Serum-therapy of plague in India - Number 20
Disease focus: Plague
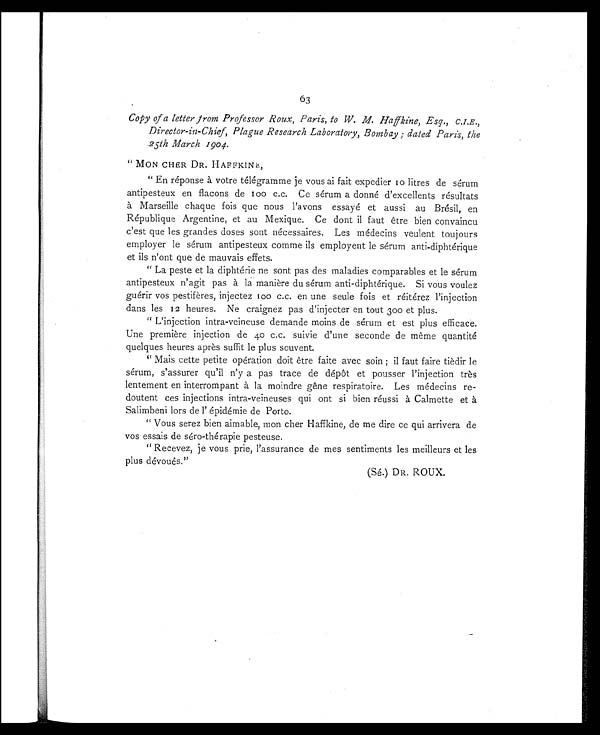
63
Copy of a letter from Professor Roux, Paris, to W. M. Haffkine, Esq., C.I.E.,
Director-in-Chief, Plague Research Laboratory, Bombay ; dated Paris, the
25th March 1904.
" MON CHER DR. HAFFKINE,
" En réponse à votre télégramme je vous ai fait expedier 10 litres de sérum
antipesteux en flacons de 100 c.c. Ce sérum a donné d'excellents résultats
à Marseille chaque fois que nous l'avons essayé et aussi au Brésil, en
République Argentine, et au Mexique. Ce dont il faut être bien convaincu
c'est que les grandes doses sont nécessaires. Les médecins veulent toujours
employer le sérum antipesteux comme ils employent le sérum anti-diphtérique
et ils n'ont que de mauvais effets.
" La peste et la diphtérie ne sont pas des maladies comparables et le sérum
antipesteux n'agit pas à la manière du sérum anti-diphtérique. Si vous voulez
guérir vos pestifères, injectez 100 c.c. en une seule fois et réitérez l'injection
dans les 12 heures. Ne craignez pas d'injecter en tout 300 et plus.
" L'injection intra-veineuse demande moins de sérum et est plus efficace.
Une première injection de 40 c.c. suivie d'une seconde de même quantité
quelques heures aprés suffit le plus souvent.
" Mais cette petite opération doit être faite avec soin ; il faut faire tièdir le
sérum, s'assurer qu'il n'y a pas trace de dépôt et pousser l'injection très
lentement en interrompant à la moindre gêne respiratoire. Les médecins re-
doutent ces injections intra-veineuses qui ont si bien réussi à Calmette et à
Salimbeni lors de l' épidémie de Porto.
" Vous serez bien aimable, mon cher Haffkine, de me dire ce qui arrivera de
vos essais de séro-thérapie pesteuse.
" Recevez, je vous prie, l'assurance de mes sentiments les meilleurs et les
plus dévoués."
(Sé.) DR. ROUX.